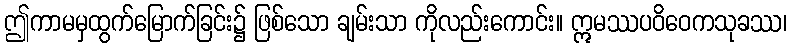
ဤကာမမှထွက်မြောက်ခြင်း၌ ဖြစ်သော ချမ်းသာ ကိုလည်းကောင်း။ ဣမဿပဝိဝေကသုခဿ၊